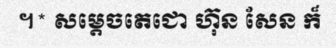
។* សម្តេចតេជោ ហ៊ុន សែន ក៏